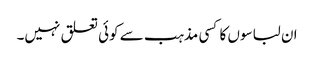
ان لباسوں کا کسی مذہب سے کوئی تعلق نہیں۔